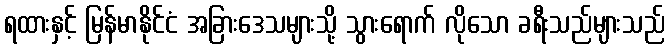
ရထားနှင့် မြန်မာနိုင်ငံ အခြားဒေသများသို့ သွားရောက် လိုသော ခရီးသည်များသည်